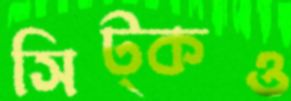
সিট্‌কও